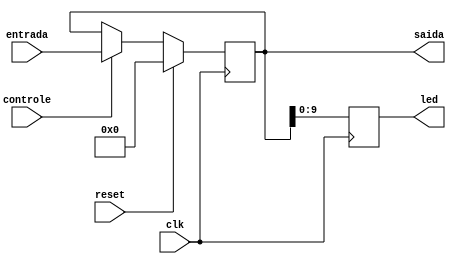
module registradorPC(controle, led, reset, clk, entrada, saida);
		input [31:0] entrada;
		input controle, clk, reset;
		output reg [31:0] saida;
		output reg [9:0] led;
		
always @(posedge clk)begin
	
	if(reset == 1'b1) saida <= 32'd0;
	else begin
		if(controle == 1'b1) saida <= entrada;
	end
		led <= saida[9:0];
end

endmodule